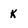
Character: k